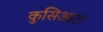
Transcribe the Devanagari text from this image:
कुसिआरा